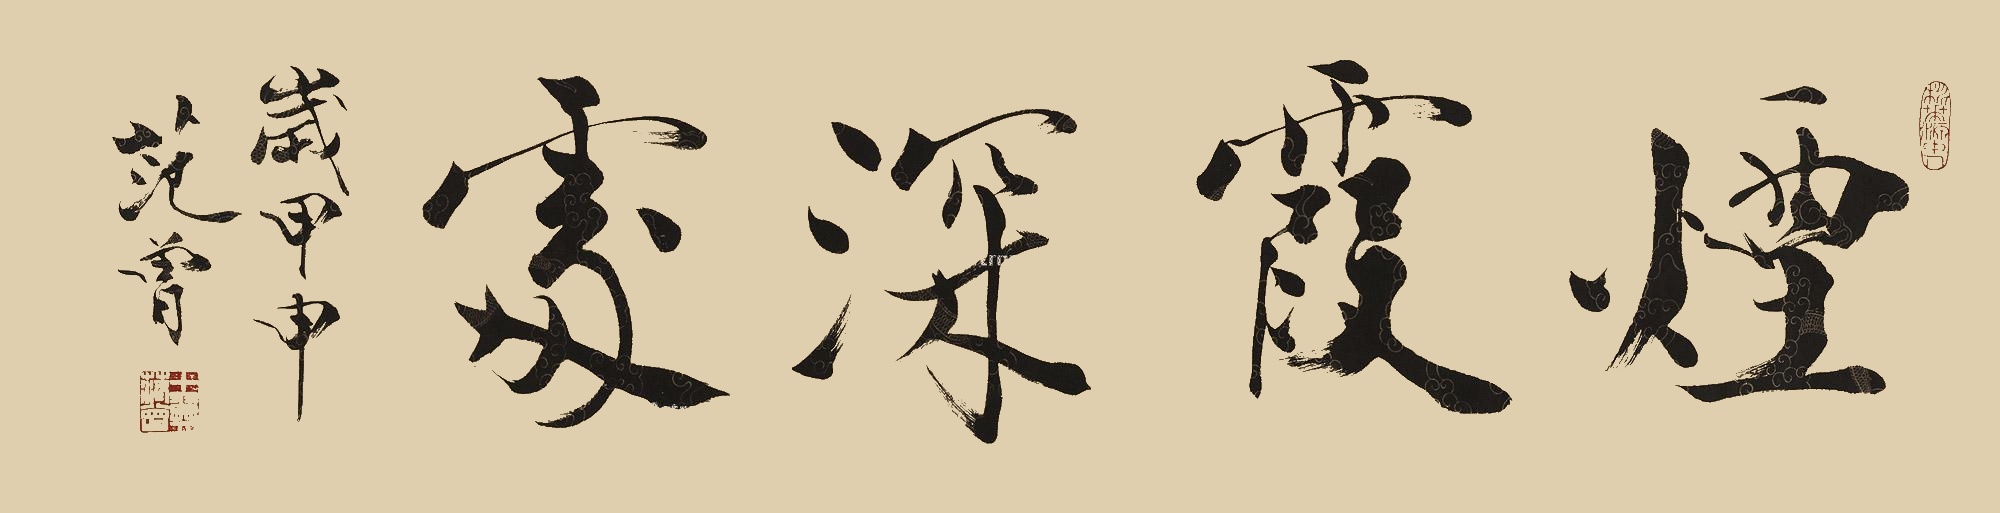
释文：烟霞深处岁甲申，范曾。